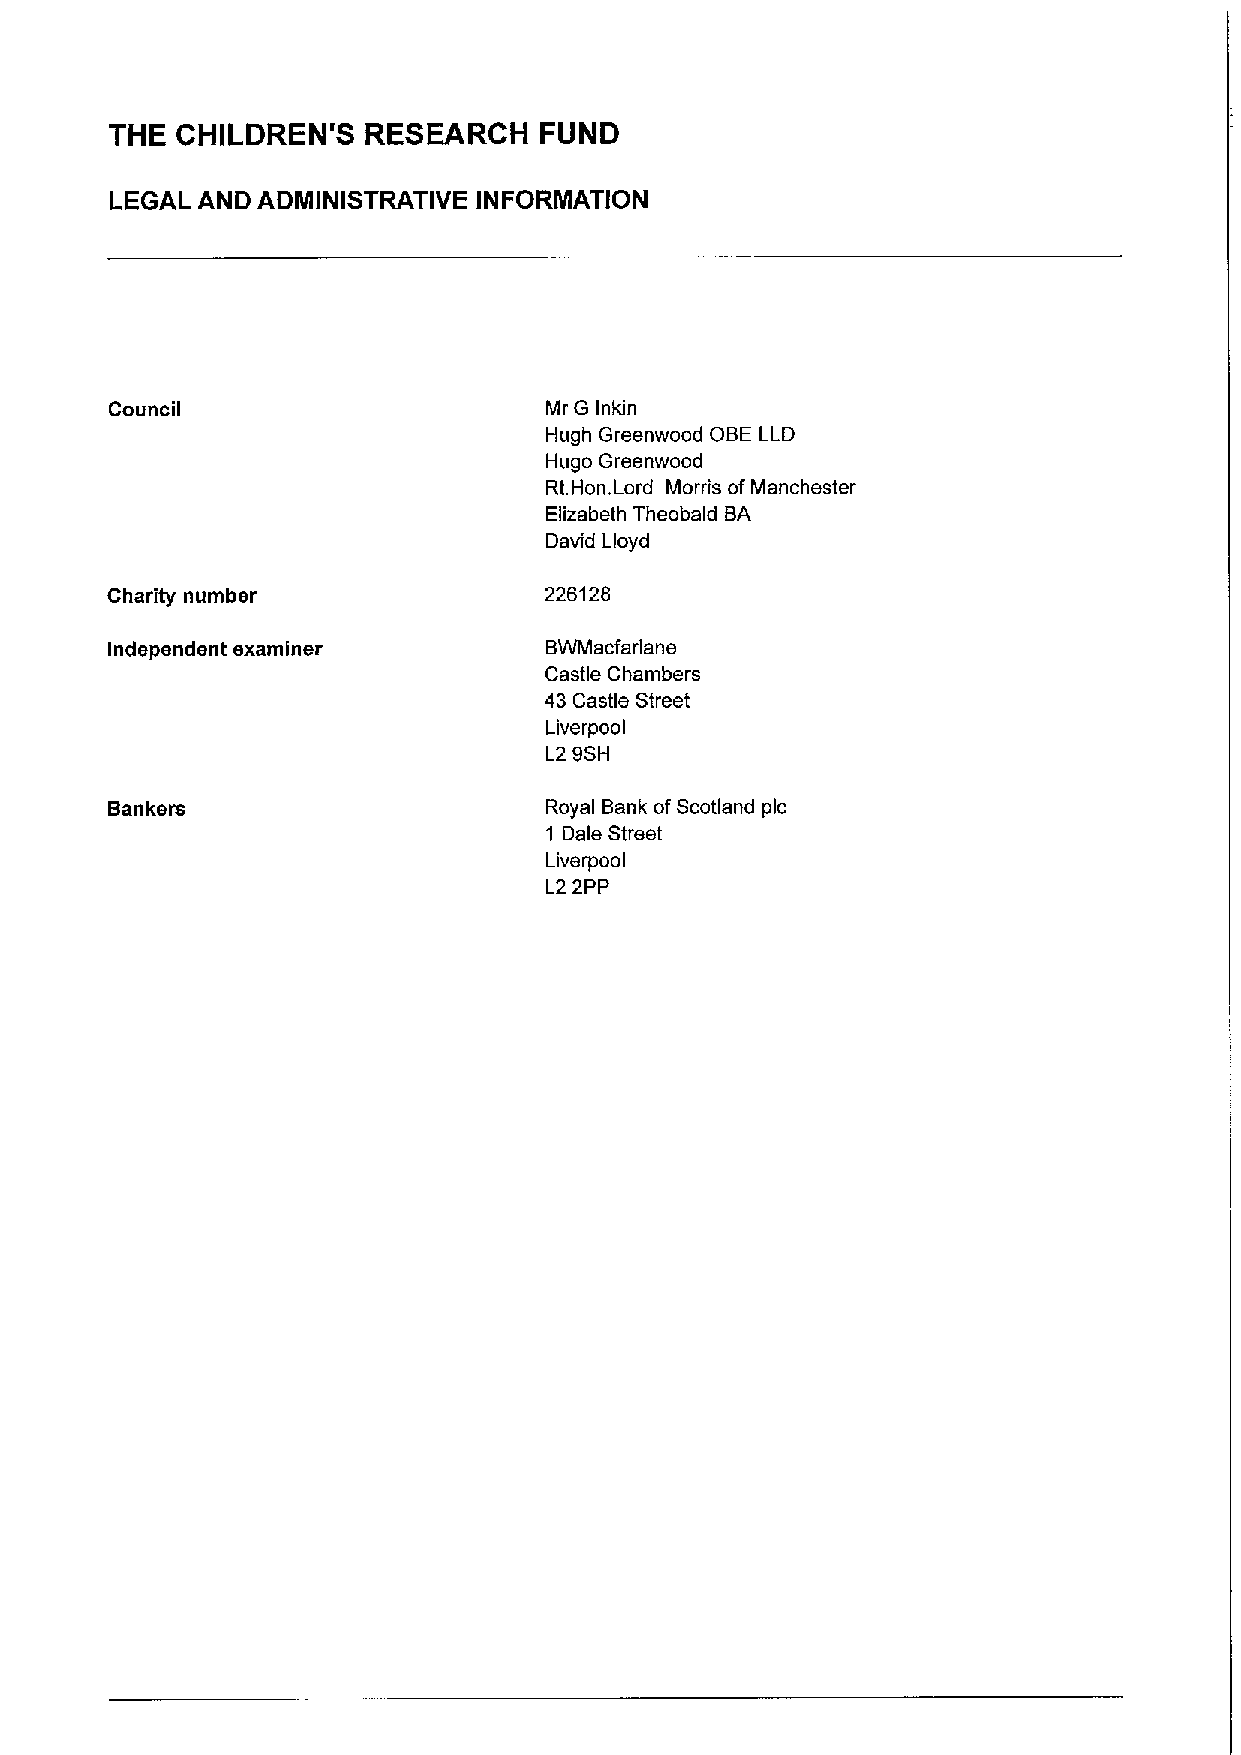
THE  CHILDREN'S  RESEARCH    FUND
 LEGAL AND ADMINISTRATIVE INFORMATION
 Council                      Mr G Inkin
 Hugh Greenwood OBE LLD
 Hugo Greenwood
 Rt.Hon.Lord Morris ofManchester
 Elizabeth Theobald BA
 David Lloyd
 Charity number               226128
 Independent examiner         BWMacfarlane
 Castle Chambers
 43 Castle Street
 Liverpool
 L2 9SH
 Bankers                      Royal Bank ofScotland pic
 1 Dale Street
 Liverpool
 L2 2PP